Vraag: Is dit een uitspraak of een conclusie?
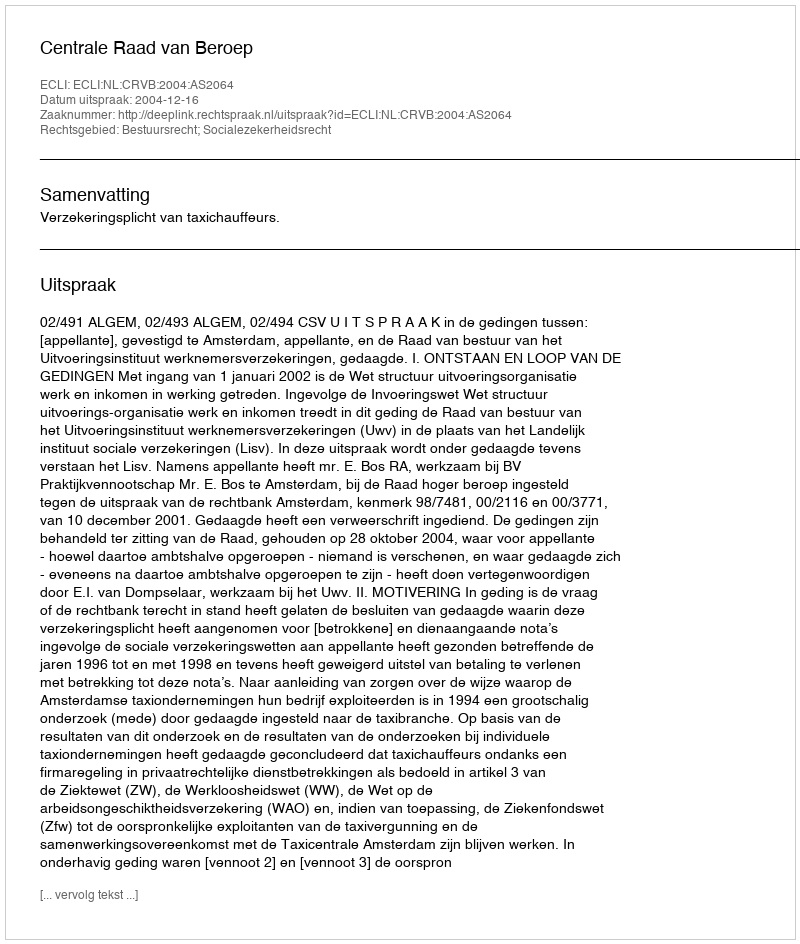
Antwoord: Uitspraak